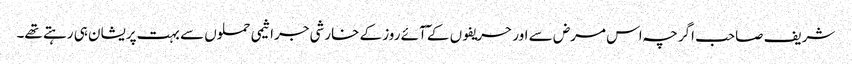
شریف صاحب اگرچہ اس مرض سے اور حریفوں کے ٓآئے روز کے خارشی جراثیمی حملوں سے بہت پریشان ہی رہتے تھے۔